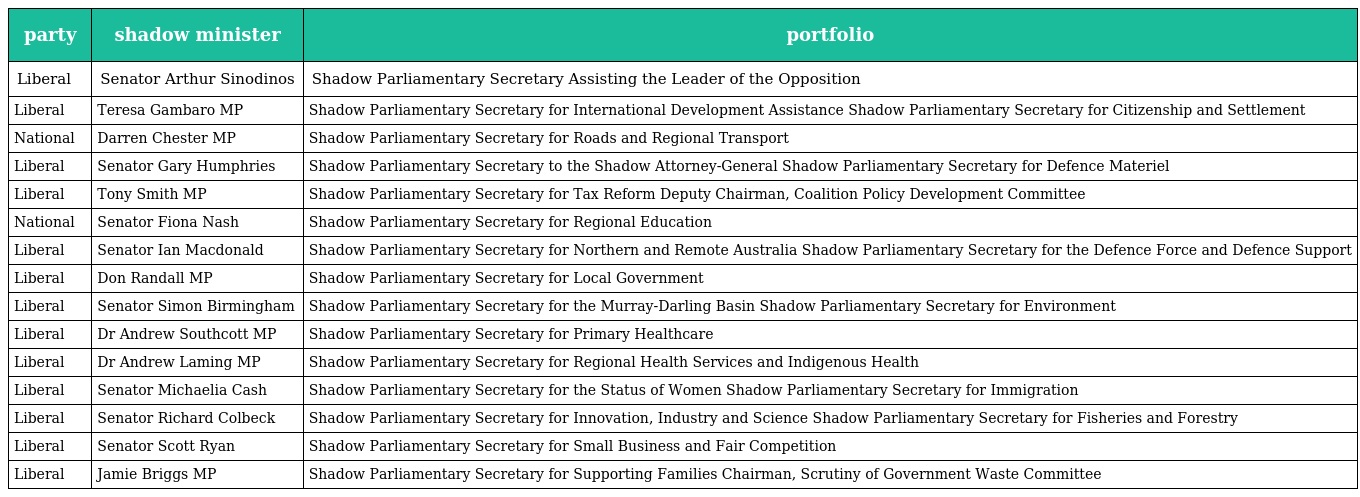
| party | shadow minister | portfolio |
 | --- | --- | --- |
 | Liberal | Senator Arthur Sinodinos | Shadow Parliamentary Secretary Assisting the Leader of the Opposition |
 | Liberal | Teresa Gambaro MP | Shadow Parliamentary Secretary for International Development Assistance Shadow Parliamentary Secretary for Citizenship and Settlement |
 | National | Darren Chester MP | Shadow Parliamentary Secretary for Roads and Regional Transport |
 | Liberal | Senator Gary Humphries | Shadow Parliamentary Secretary to the Shadow Attorney-General Shadow Parliamentary Secretary for Defence Materiel |
 | Liberal | Tony Smith MP | Shadow Parliamentary Secretary for Tax Reform Deputy Chairman, Coalition Policy Development Committee |
 | National | Senator Fiona Nash | Shadow Parliamentary Secretary for Regional Education |
 | Liberal | Senator Ian Macdonald | Shadow Parliamentary Secretary for Northern and Remote Australia Shadow Parliamentary Secretary for the Defence Force and Defence Support |
 | Liberal | Don Randall MP | Shadow Parliamentary Secretary for Local Government |
 | Liberal | Senator Simon Birmingham | Shadow Parliamentary Secretary for the Murray-Darling Basin Shadow Parliamentary Secretary for Environment |
 | Liberal | Dr Andrew Southcott MP | Shadow Parliamentary Secretary for Primary Healthcare |
 | Liberal | Dr Andrew Laming MP | Shadow Parliamentary Secretary for Regional Health Services and Indigenous Health |
 | Liberal | Senator Michaelia Cash | Shadow Parliamentary Secretary for the Status of Women Shadow Parliamentary Secretary for Immigration |
 | Liberal | Senator Richard Colbeck | Shadow Parliamentary Secretary for Innovation, Industry and Science Shadow Parliamentary Secretary for Fisheries and Forestry |
 | Liberal | Senator Scott Ryan | Shadow Parliamentary Secretary for Small Business and Fair Competition |
 | Liberal | Jamie Briggs MP | Shadow Parliamentary Secretary for Supporting Families Chairman, Scrutiny of Government Waste Committee |